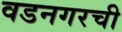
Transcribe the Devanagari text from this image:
वडनगरची